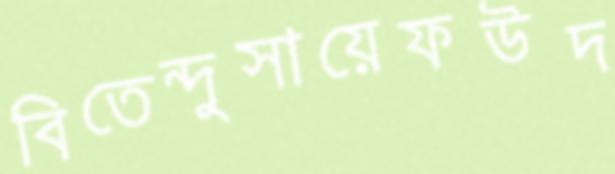
বিতেন্দুসায়েফউদ